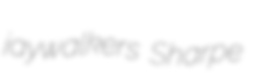
jaywalkers Sharpe